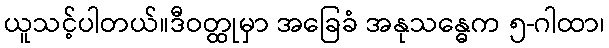
ယူသင့်ပါတယ်။ဒီဝတ္ထုမှာ အခြေခံ အနုသန္ဓေက ၅-ဂါထာ၊